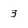
Character: 3